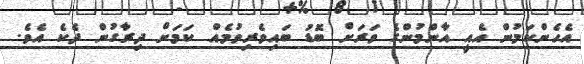
އެހެންކަމުން އެއީ އާންމުންގެ ވަރަށް ބޮޑު ބައިވެރިވުމެއް ކަމަށް ދިރާގުން ދެކެ އެވެ.